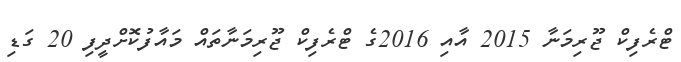
ޓްރެފިކް ޖޫރިމަނާ 2015 އާއި 2016ގެ ޓްރެފިކް ޖޫރިމަނާތައް މައާފުކޮށްދީފި 20 ގަޑި